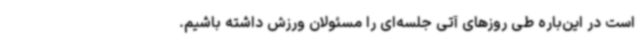
است در این‌باره طی روزهای آتی جلسه‌ای را مسئولان ورزش داشته باشیم.